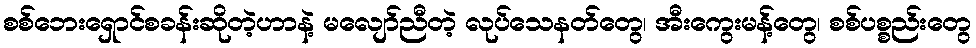
စစ်ဘေးရှောင်စခန်းဆိုတဲ့ဟာနဲ့ မလျော်ညီတဲ့ လုပ်သေနတ်တွေ၊ အီးကွေးမန့်တွေ၊ စစ်ပစ္စည်းတွေ